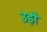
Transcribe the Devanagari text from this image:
उड़ो